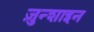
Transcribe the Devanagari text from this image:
ज़ुन्शाइन